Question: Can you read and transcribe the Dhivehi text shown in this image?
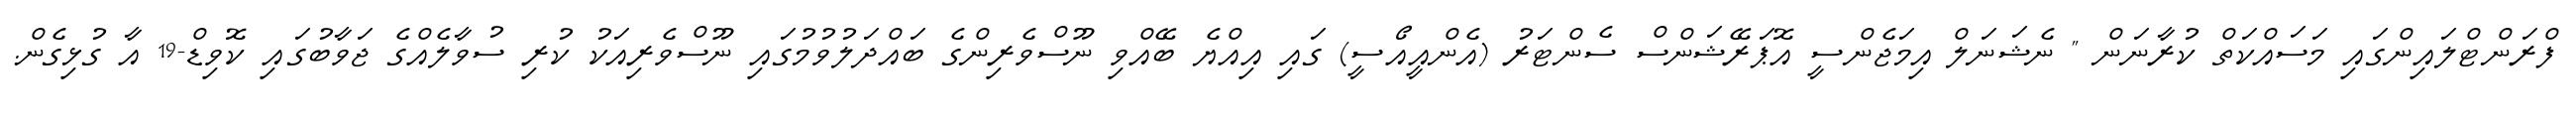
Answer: ފްރަންޓްލައިންގައި މަސައްކަތް ކުރާނަން " ނެޝަނަލް އިމަޖެންސީ އޮޕަރޭޝަންސް ސެންޓަރު (އެންއީއޯސީ) ގައި އިއްޔެ ބޭއްވި ނޫސްވެރިންގެ ބައްދަލުވުމުގައި ނޫސްވެރިއަކު ކުރި ސުވާލެއްގެ ޖަވާބުގައި ކޮވިޑް-19 އާ ގުޅިގެން.